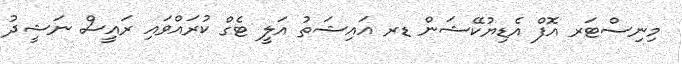
މިނިސްޓަރ އޮފް އެޑިޔުކޭޝަން ޑރ އައިޝަތު އަލީ ޓެގް ކުރައްވައި ރައީސް ނަޝީދު